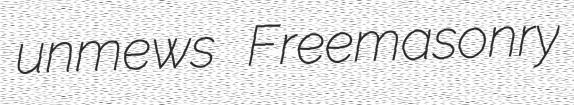
unmews Freemasonry